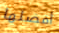
أفضلها